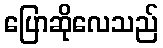
ပြောဆိုလေသည်